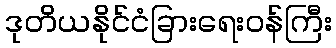
ဒုတိယနိုင်ငံခြားရေးဝန်ကြီး